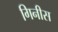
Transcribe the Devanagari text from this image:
गिनीस